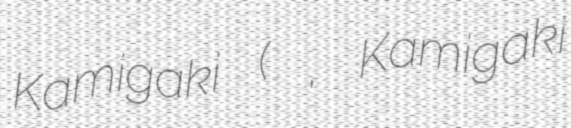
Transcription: Kamigaki (神垣 陸, Kamigaki